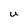
Character: U